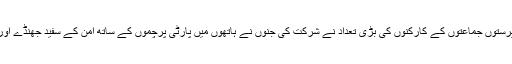
مارچ میں سیاسی مذہبی اور قوم پرستوں جماعتوں کے کارکنوں کی بڑی تعداد نے شرکت کی جنوں نے ہاتھوں میں پارٹی پرچموں کے ساتھ امن کے سفید جھنڈے اور قومی پرچم اٹھائے ہوئے تھے ۔